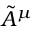
\tilde { A } ^ { \mu }